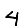
Digit: 4